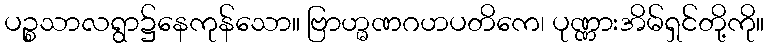
ပဉ္စသာလရွာ၌နေကုန်သော။ ဗြာဟ္မဏဂဟပတိကေ၊ ပုဏ္ဏားအိမ်ရှင်တို့ကို။